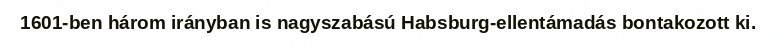
1601-ben három irányban is nagyszabású Habsburg-ellentámadás bontakozott ki.